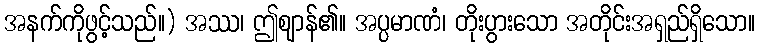
အနက်ကိုဖွင့်သည်။) အဿ၊ ဤဈာန်၏။ အပ္ပမာဏံ၊ တိုးပွားသော အတိုင်းအရှည်ရှိသော။